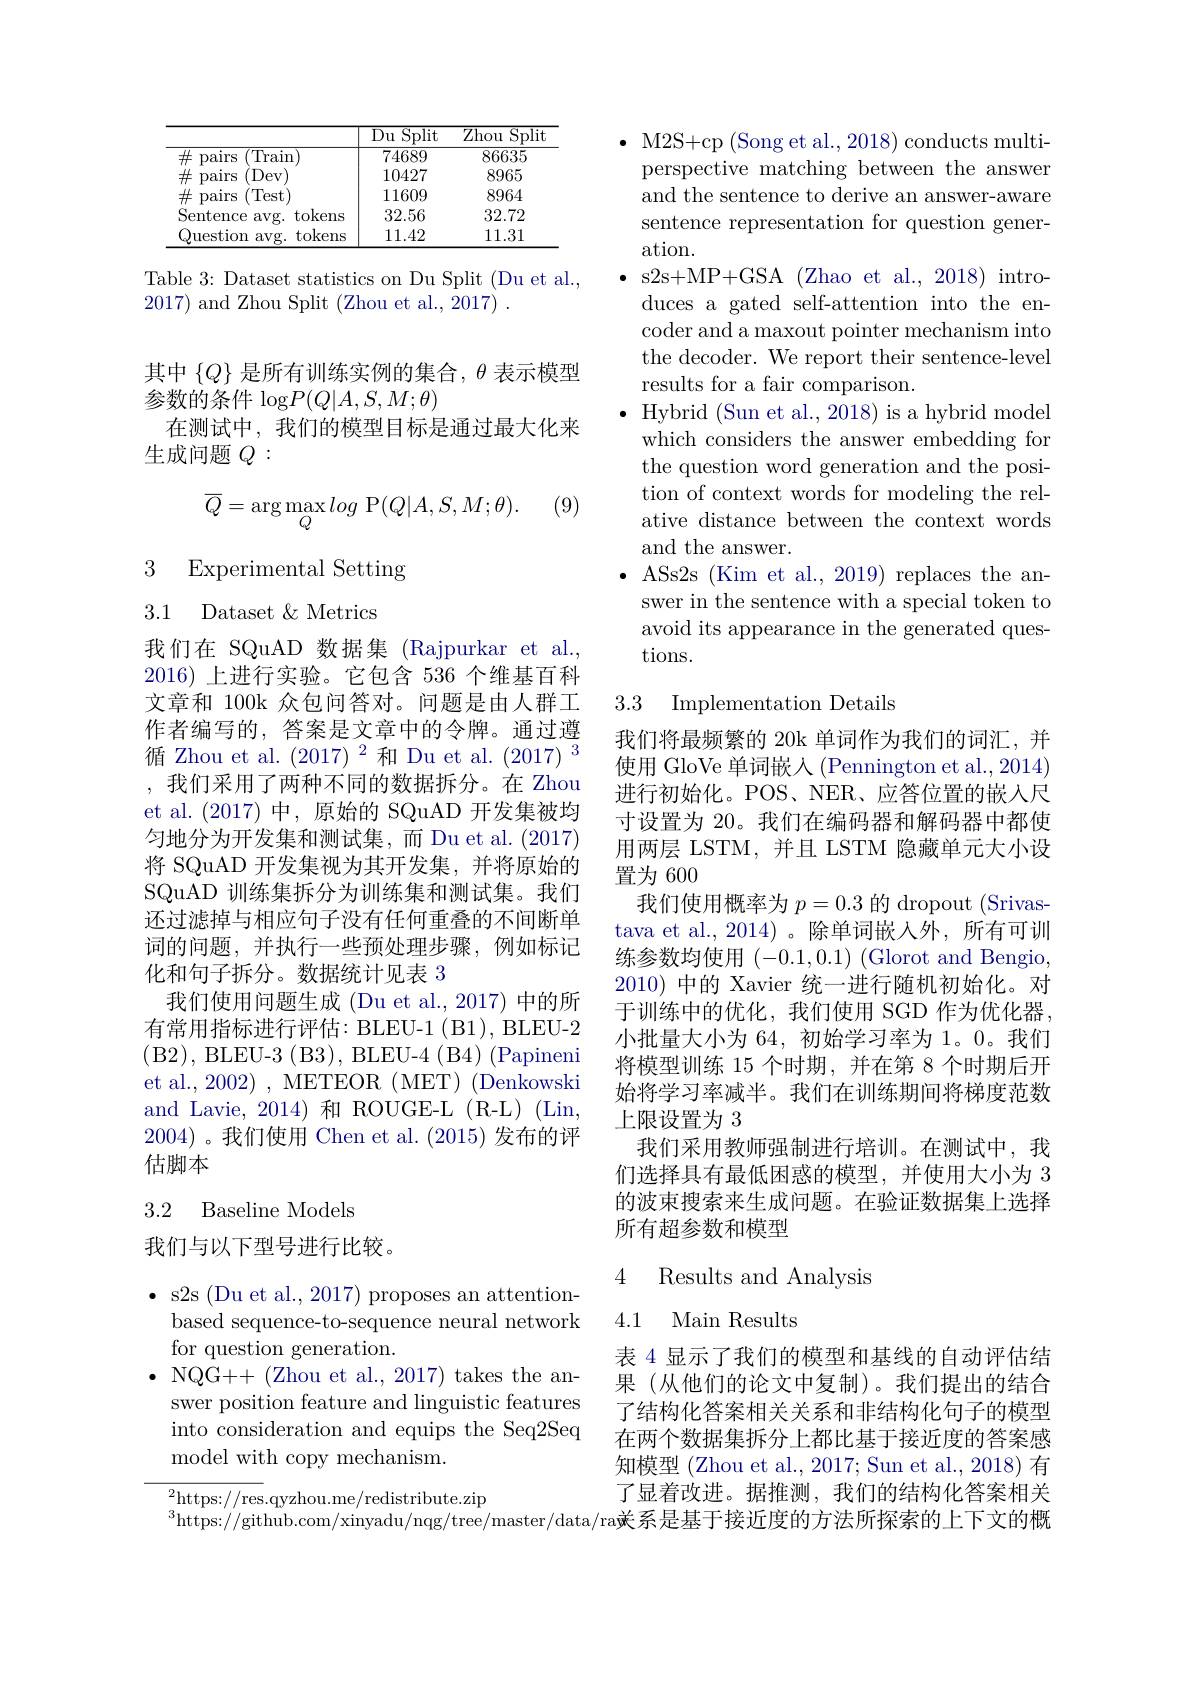
<table>
	<tbody>
		<tr>
			<th> </th>
			<th>$\overline{Du}$ Split</th>
			<th>$\overline{\mathrm{Zhou}}$ Split</th>
		</tr>
		<tr>
			<td>井 pairs $\overline{(\mathrm{Train})}$</td>
			<td>74689</td>
			<td>86635</td>
		</tr>
		<tr>
			<td>$\#$ pairs $^{\prime }$Dev</td>
			<td>10427</td>
			<td>8965</td>
		</tr>
		<tr>
			<td>井 pairs (Test</td>
			<td>11609</td>
			<td>8964</td>
		</tr>
		<tr>
			<td>Sentence $\mathbf{avg}.$ tokens</td>
			<td>32.56</td>
			<td>32.72</td>
		</tr>
		<tr>
			<td>uestion $avg.$ tokens </td>
			<td>11.42</td>
			<td>11.31</td>
		</tr>
	</tbody>
</table>

Table 3: Dataset statistics on Du Split (Du et al.,
2017) and Zhou Split (Zhou et al., 2017) .

其中$\{Q\}$是所有训练实例的集合，$\theta$表示模型
参数的条件$\log P(Q|A,S,M;\theta)$
在测试中，我们的模型目标是通过最大化来
生成问题$Q:$

(9)
$$\overline Q=\arg\max_Qlog\:\mathrm{P}(Q|A,S,M;\theta).$$
3 Experimental Setting
3.1 Dataset$\&$Metrics

我们在 SQuAD 数据集 (Rajpurkar et al., 2016)上进行实验。它包含 536 个维基百科文章和 100k 众包问答对。问题是由人群工作者编写的，答案是文章中的令牌。通过遵循 Zhou et al. $(2017)^{2}$和 Du et al. $(2017)^{3}$ ,我们采用了两种不同的数据拆分。在 Zhou et al.(2017)中，原始的 SQuAD 开发集被均匀地分为开发集和测试集，而 Du et al. (2017) 将 SQuAD 开发集视为其开发集，并将原始的SQuAD 训练集拆分为训练集和测试集。我们还过滤掉与相应句子没有任何重叠的不间断单词的问题，并执行一些预处理步骤，例如标记化和句子拆分。数据统计见表 3
我们使用问题生成 (Du et al.,2017) 中的所有常用指标进行评估：BLEU-1 ( B1), BLEU-2 (B2), BLEU-3 (B3), BLEU-4 (B4) (Papineni et al., 2002) , METEOR ( MET) (Denkowski and Lavie, 2014) 和 ROUGE-L (R-L) (Lin, 2004)。我们使用 Chen et al.(2015)发布的评估脚本

### 3.2 Baseline Models

我们与以下型号进行比较。

$\bullet$ s2s (Du et al., 2017) proposes an attention-
based sequence-to-sequence neural network
for question generation.
$\bullet$ NQG++(Zhou et al., 2017) takes the an-
swer position feature and linguistic features into consideration and equips the Seq2Seq model with copy mechanism.

$^{2}$https://res.qyzhou.me/redistribute.zip

$\bullet$ M2S+cp (Song et al., 2018) conducts multiperspective matching between the answer and the sentence to derive an answer-aware sentence representation for question generation.
$\bullet$ s2s+MP+GSA (Zhao et al., 2018) introduces a gated self-attention into the encoder and a maxout pointer mechanism into the decoder. We report their sentence-level results for a fair comparison.
Hybrid (Sun et al., 2018) is a hybrid model which considers the answer embedding for the question word generation and the position of context words for modeling the relative distance between the context words and the answer.
$\bullet$ ASs2s (Kim et al., 2019) replaces the an-
swer in the sentence with a special token to avoid its appearance in the generated questions.

### 3.3 Implementation Details

我们将最频繁的 20k 单词作为我们的词汇，并使用 GloVe 单词嵌人 (Pennington et al., 2014) 进行初始化。POS、NER、应答位置的嵌入尺寸设置为 20。我们在编码器和解码器中都使用两层 LSTM,并且 LSTM 隐藏单元大小设置为 600
我们使用概率为$p=0.3$的 dropout (Srivastava et al., 2014)。除单词嵌入外，所有可训练参数均使用(-0.1,0.1) (Glorot and Bengio, 2010) 中的 Xavier 统一进行随机初始化。对于训练中的优化，我们使用 SGD 作为优化器， 小批量大小为 64, 初始学习率为 1。0。我们将模型训练 15 个时期，并在第 8 个时期后开始将学习率减半。我们在训练期间将梯度范数上限设置为 3
我们采用教师强制进行培训。在测试中，我们选择具有最低困惑的模型，并使用大小为 3的波束搜索来生成问题。在验证数据集上选择所有超参数和模型

4 Results and Analysis

4.1 Main Results

表 4 显示了我们的模型和基线的自动评估结果 (从他们的论文中复制)。我们提出的结合了结构化答案相关关系和非结构化句子的模型在两个数据集拆分上都比基于接近度的答案感知模型 (Zhou et al., 2017; Sun et al., 2018) 有了显着改进。据推测，我们的结构化答案相关
$^{3}$https://github.com/xinyadu/nqg/tree/master/data/ra关系是基于接近度的方法所探索的上下文的概